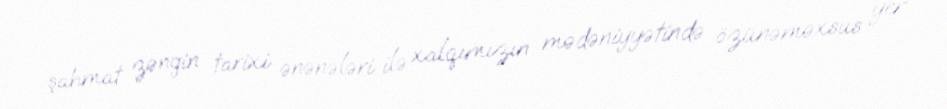
şahmat zəngin tarixi ənənələri ilə xalqımızın mədəniyyətində özünəməxsus yer